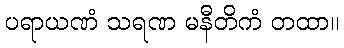
ပရာယဏံ သရဏ မနီတိကံ တထာ။